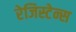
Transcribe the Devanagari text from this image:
रेजिस्टेन्स